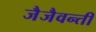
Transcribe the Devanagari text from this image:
जैजैवन्ती